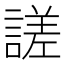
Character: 𧪘